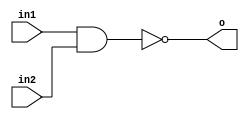
module NandGate(o,in1,in2);
	output o;
	input in1,in2;
	assign o=~(in1 & in2);
endmodule